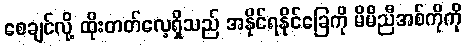
စေချင်လို့ ထိုးတတ်လေ့ရှိသည် အနိုင်ရနိုင်ခြေကို မိမိညီအစ်ကိုကို